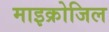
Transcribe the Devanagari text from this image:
माइक्रोजिल